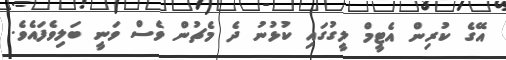
އޭގެ ކުރިން އެޓީމް ލީގުގައި ކުޅުނު ދެ މެޗުން ވެސް ވަނީ ބަލިވެފައެވެ.